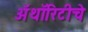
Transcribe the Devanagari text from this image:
ॲथॉरिटीचे